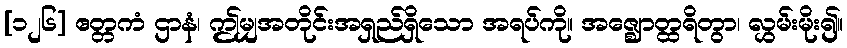
[၁၂၆] ဧတ္တကံ ဌာနံ၊ ဤမျှအတိုင်းအရှည်ရှိသော အရပ်ကို။ အဇ္ဈောတ္ထရိတွာ၊ လွှမ်းမိုး၍။